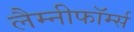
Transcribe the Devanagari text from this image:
लैम्नीफॉर्म्स